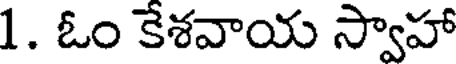
1. ఓం కేశవాయ స్వాహా